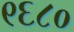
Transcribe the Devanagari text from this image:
९६८०